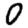
Digit: 0